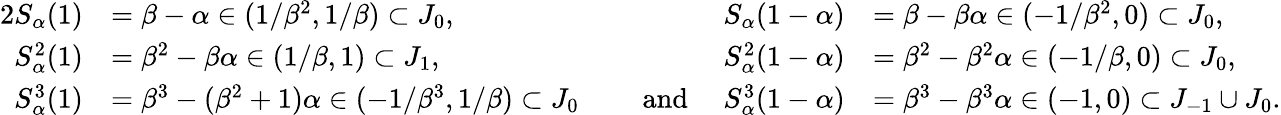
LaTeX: \begin{array}{rlrl}{{2}S_{\alpha}(1)}&{=\beta-\alpha\in(1/\beta^{2},1/\beta)\subset J_{0},}&{S_{\alpha}(1-\alpha)}&{=\beta-\beta\alpha\in(-1/\beta^{2},0)\subset J_{0},}\\ {S_{\alpha}^{2}(1)}&{=\beta^{2}-\beta\alpha\in(1/\beta,1)\subset J_{1},}&{S_{\alpha}^{2}(1-\alpha)}&{=\beta^{2}-\beta^{2}\alpha\in(-1/\beta,0)\subset J_{0},}\\ {S_{\alpha}^{3}(1)}&{=\beta^{3}-(\beta^{2}+1)\alpha\in(-1/\beta^{3},1/\beta)\subset J_{0}}&{\ \ \ \ \ \mathrm{and}\ \ \ \ \ S_{\alpha}^{3}(1-\alpha)}&{=\beta^{3}-\beta^{3}\alpha\in(-1,0)\subset J_{-1}\cup J_{0}.}\end{array}